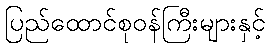
ပြည်ထောင်စုဝန်ကြီးများနှင့်